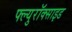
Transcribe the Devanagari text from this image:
फ्ल्युरॉक्साइड